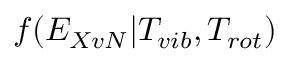
f ( E _ { X v N } | T _ { v i b } , T _ { r o t } )